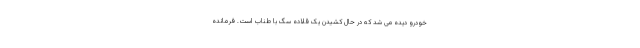
خودرو دیده می شد که در حال کشیدن یک قلاده سگ با طناب است. فرمانده